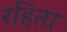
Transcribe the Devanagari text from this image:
रहिता